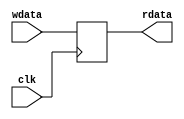
module register(clk, wdata, rdata);
	input				clk;
	input		[31:0]	wdata;
	output reg	[31:0]	rdata;

	initial begin
		rdata <= 0;
	end

	always @(posedge clk) begin
		rdata <= wdata;
	end
endmodule